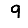
Digit: 9